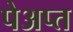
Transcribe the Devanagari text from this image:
पेअप्त